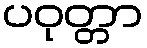
ပဝုတ္တာ